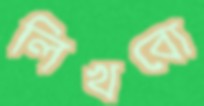
লিখবো